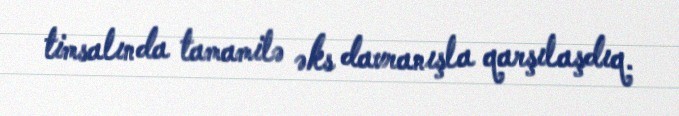
timsalında tamamilə əks davranışla qarşılaşdıq.